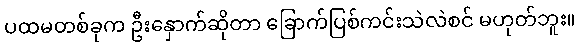
ပထမတစ်ခုက ဦးနှောက်ဆိုတာ ခြောက်ပြစ်ကင်းသဲလဲစင် မဟုတ်ဘူး။